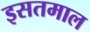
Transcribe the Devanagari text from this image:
इसतमाल